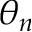
\theta _ { n }